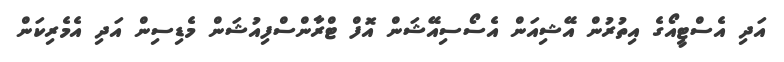
އަދި އެސްޓީއޯގެ އިތުރުން އޭޝިއަން އެސޯސިއޭޝަަން އޮފް ޓްރާންސްފިއުޝަން މެޑިސިން އަދި އެމެރިކަން